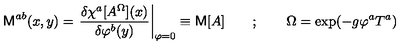
{ \sf M } ^ { a b } ( x , y ) = \left. \frac { \delta \chi ^ { a } [ A ^ { \Omega } ] ( x ) } { \delta \varphi ^ { b } ( y ) } \right| _ { \varphi = 0 } \equiv { \sf M } [ A ] \qquad ; \qquad \Omega = \exp ( - g \varphi ^ { a } T ^ { a } )